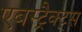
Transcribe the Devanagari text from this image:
एबस्ट्रैक्ट्स